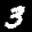
Label: 3